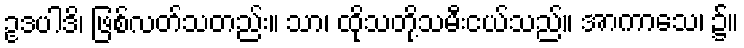
ဥဒပါဒိ၊ ဖြစ်လတ်သတည်း။ သာ၊ ထိုသတို့သမီးငယ်သည်။ အာကာသေ၊ ၌။